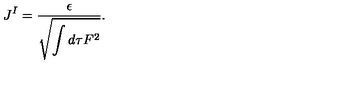
J ^ { I } = { \frac { \epsilon } { \displaystyle \sqrt { \int d \tau F ^ { 2 } } } } .